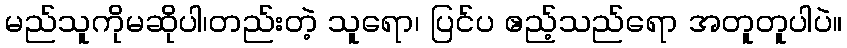
မည်သူကိုမဆိုပါ၊တည်းတဲ့ သူရော၊ ပြင်ပ ဧည့်သည်ရော အတူတူပါပဲ။